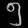
Digit: ၅